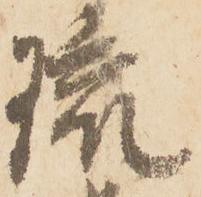
琉